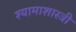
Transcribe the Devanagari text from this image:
श्यामाशास्त्री